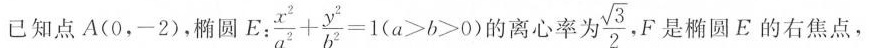
已知点A(0，-2)，椭圆$$E ：\frac { x ^ { 2 } } { a ^ { 2 } } +\frac { y ^ { 2 } } { b ^ { 2 } } = 1 ( a > b > 0 )$$的离心率为\frac{\sqrt{3} }{2}，F是椭圆E的右焦点，